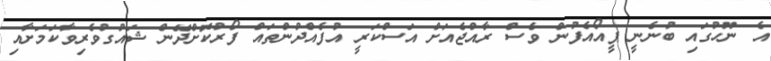
އެ ނޫހުގައި ބުނެނީ ޕީއޯއެފުން ވެސް ރާއްޖެއަށް އަސްކަރީ އުފެއްދުންތައް ފޯރުކޮށްދޭން ޝައުގުވެރިވާކަމަށާއި